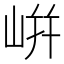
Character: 𡸫